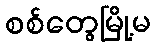
စစ်တွေမြို့မ